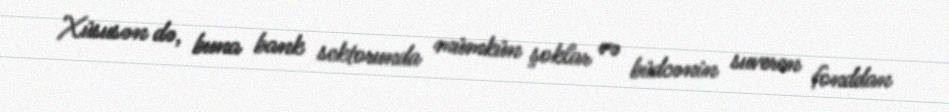
Xüsusən də, buna bank sektorunda mümkün şoklar və büdcənin suveren fonddan